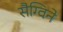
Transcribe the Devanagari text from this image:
सैग्विने